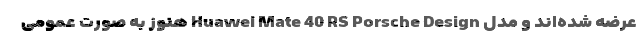
عرضه شده‌اند و مدل Huawei Mate 40 RS Porsche Design هنوز به صورت عمومی